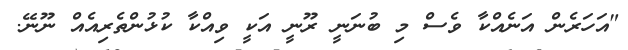
"އަހަރެން އަނެއްކާ ވެސް މި ބުނަނީ ރޫނީ އަކީ ވިއްކާ ކުޅުންތެރިއެއް ނޫނޭ.